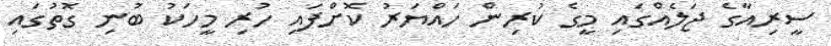
ސީރިއާގެ ޖަލެއްގައި މީގެ ކުރިން ހައްޔަރު ކޮށްފައި ހުރި މީހަކު ބުނި ގޮތުގައި